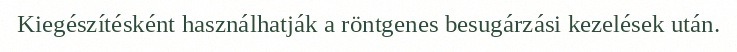
Kiegészítésként használhatják a röntgenes besugárzási kezelések után.